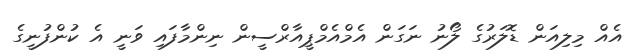
އެއް މިލިއަން ޑޮލަރުގެ ލޯނު ނަގަން އެމްއެމްޕީއާރްސީން ނިންމާފައި ވަނީ އެ ކުންފުނީގެ